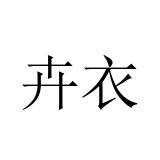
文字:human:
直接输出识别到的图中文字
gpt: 卉衣